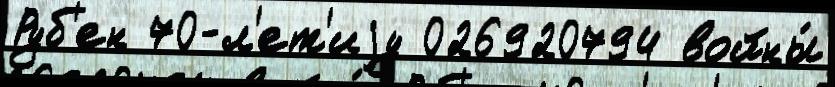
Руб'ен 70-л'ет'иjу 026920794 войны́